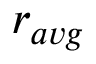
r _ { a v g }